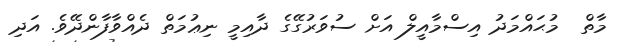
މާތް  މުޙައްމަދު އިސްމާއީލް އަށް ސުވަރުގޭގެ ދާއިމީ ނިޢުމަތް ދެއްވާފާންދޭވެ. އަދި